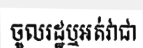
ចូលរដ្ឋឬអត់វាជា